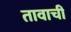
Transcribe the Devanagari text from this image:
तावाची